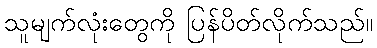
သူမျက်လုံးတွေကို ပြန်ပိတ်လိုက်သည်။